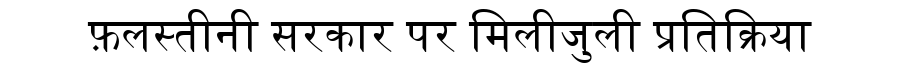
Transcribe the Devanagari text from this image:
फ़लस्तीनी सरकार पर मिलीजुली प्रतिक्रिया